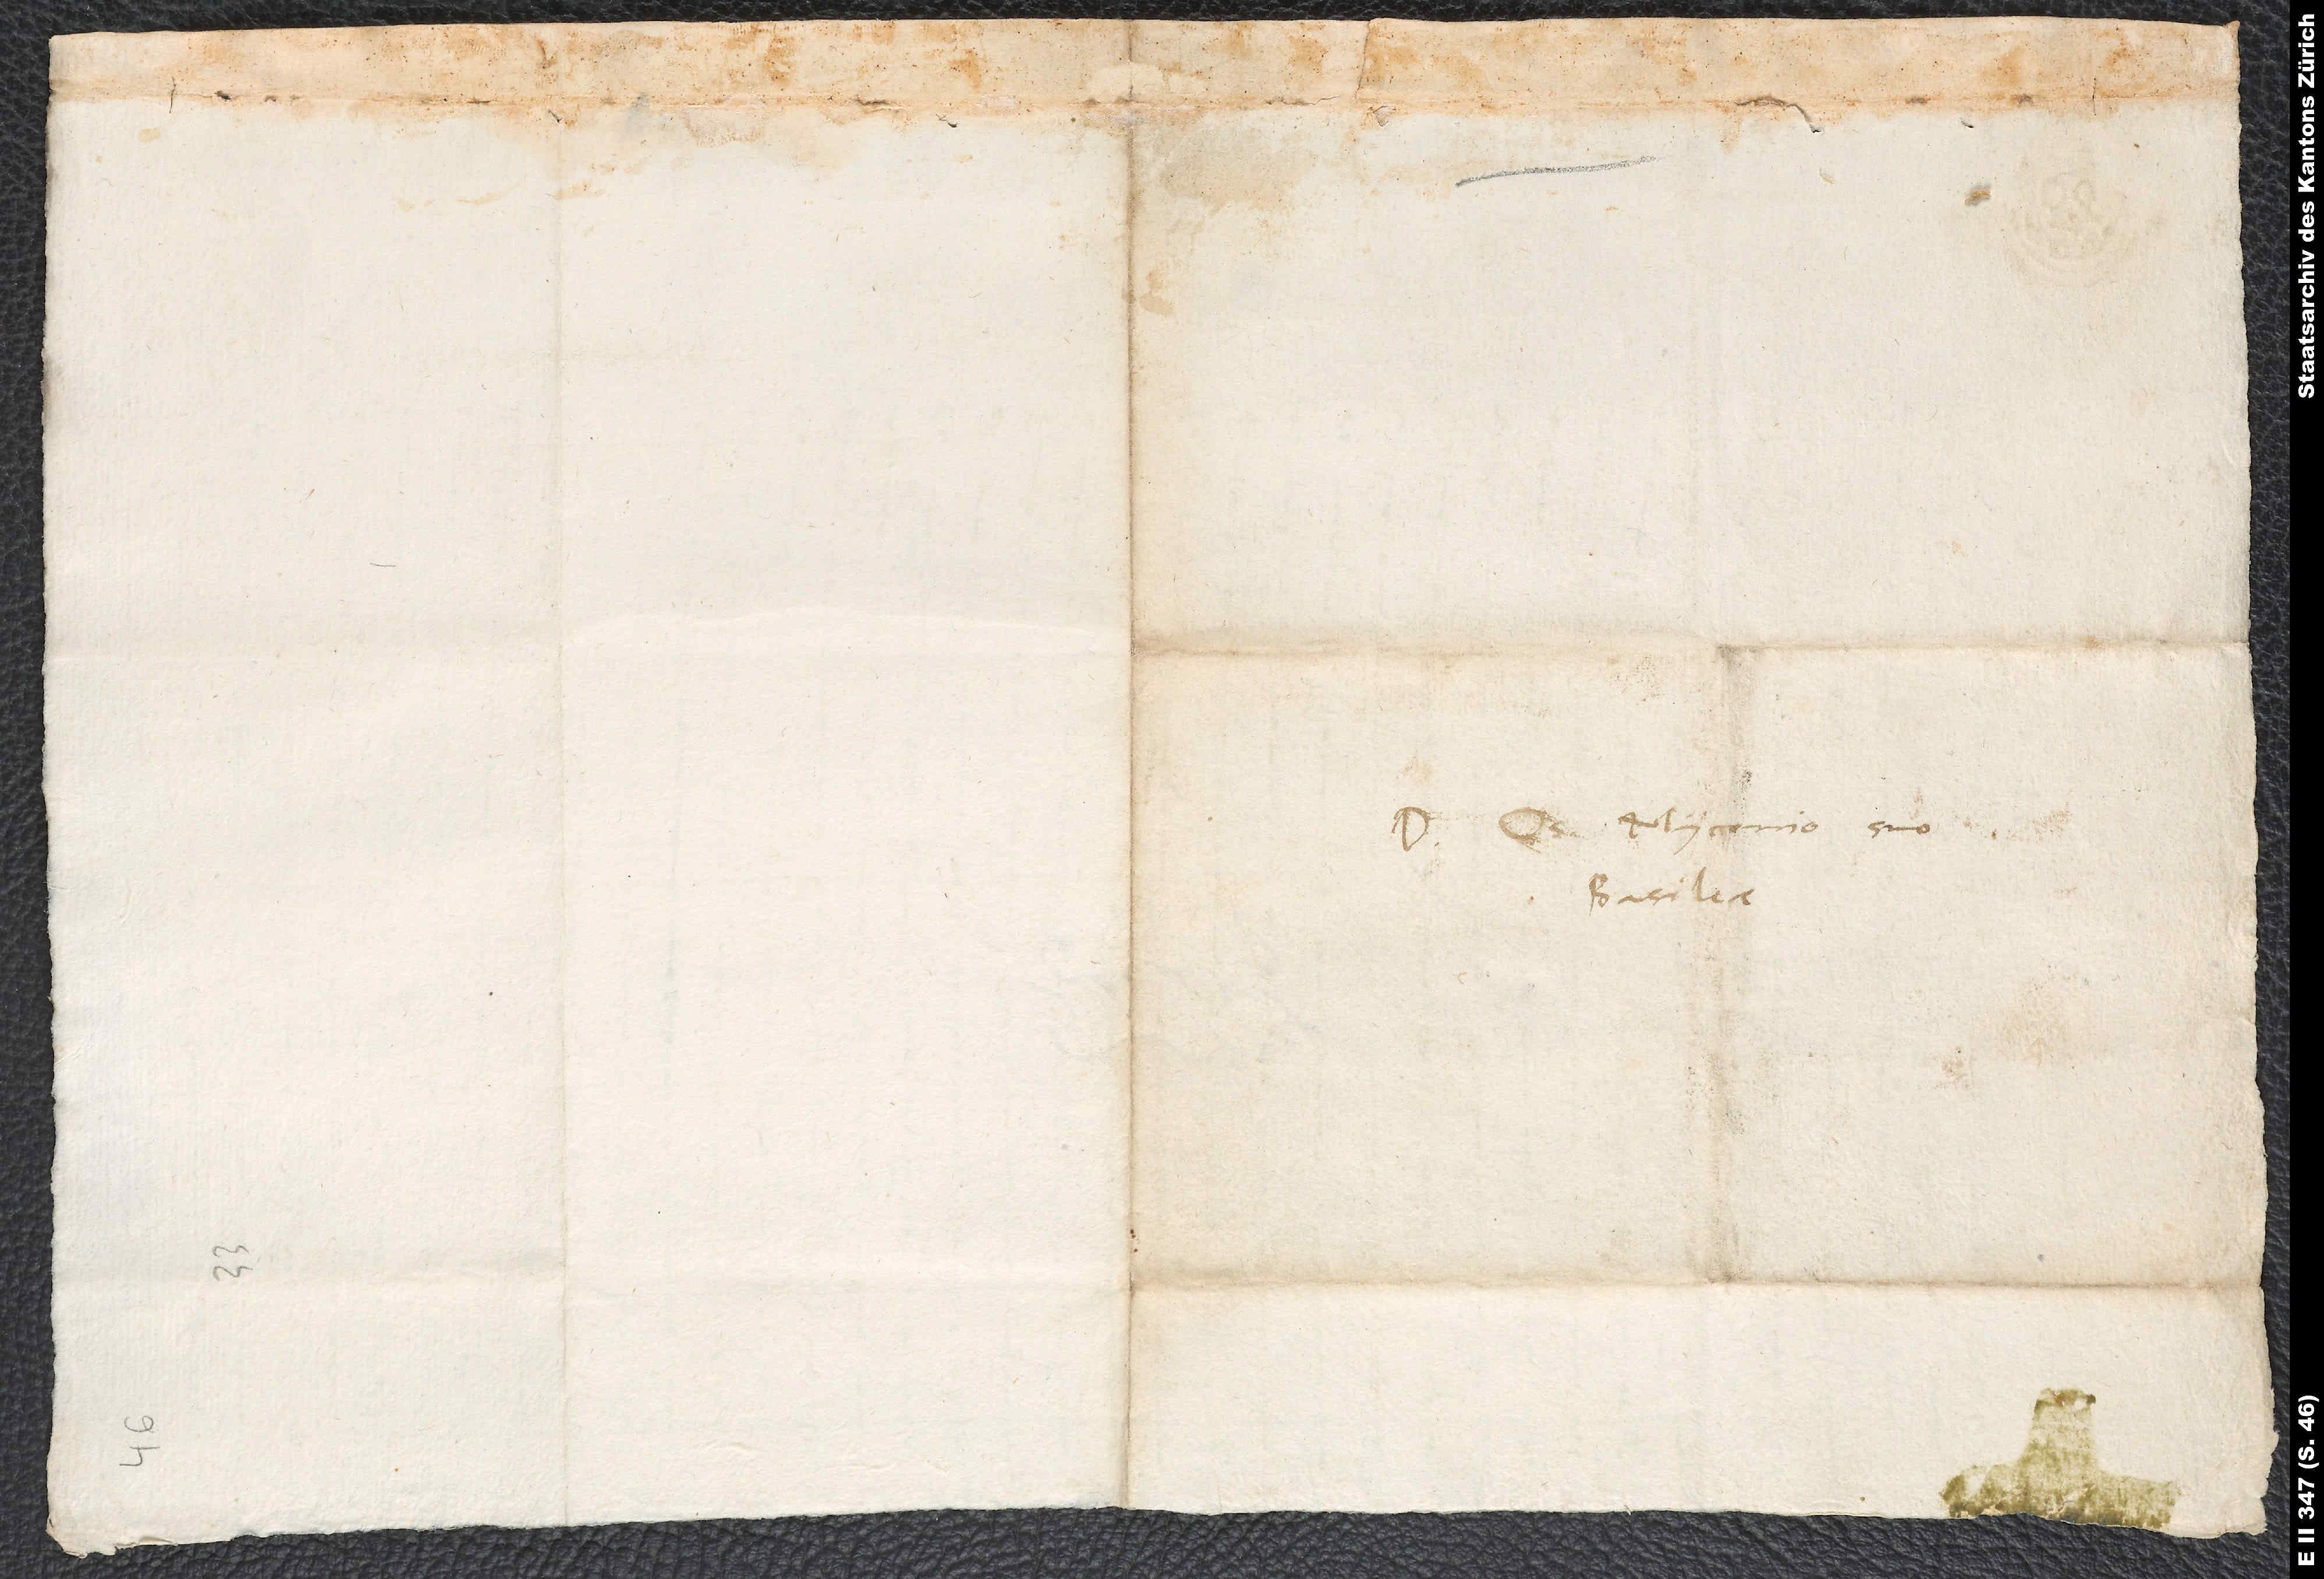
Domino Os. Myconio suo,
Basileae.